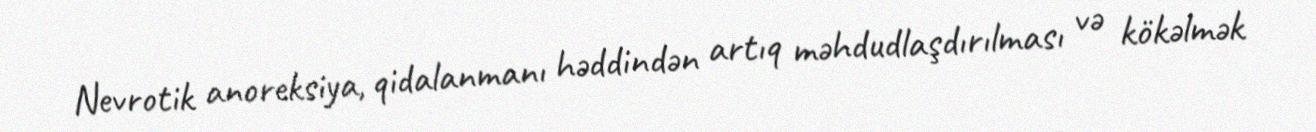
Nevrotik anoreksiya, qidalanmanı həddindən artıq məhdudlaşdırılması və kökəlmək